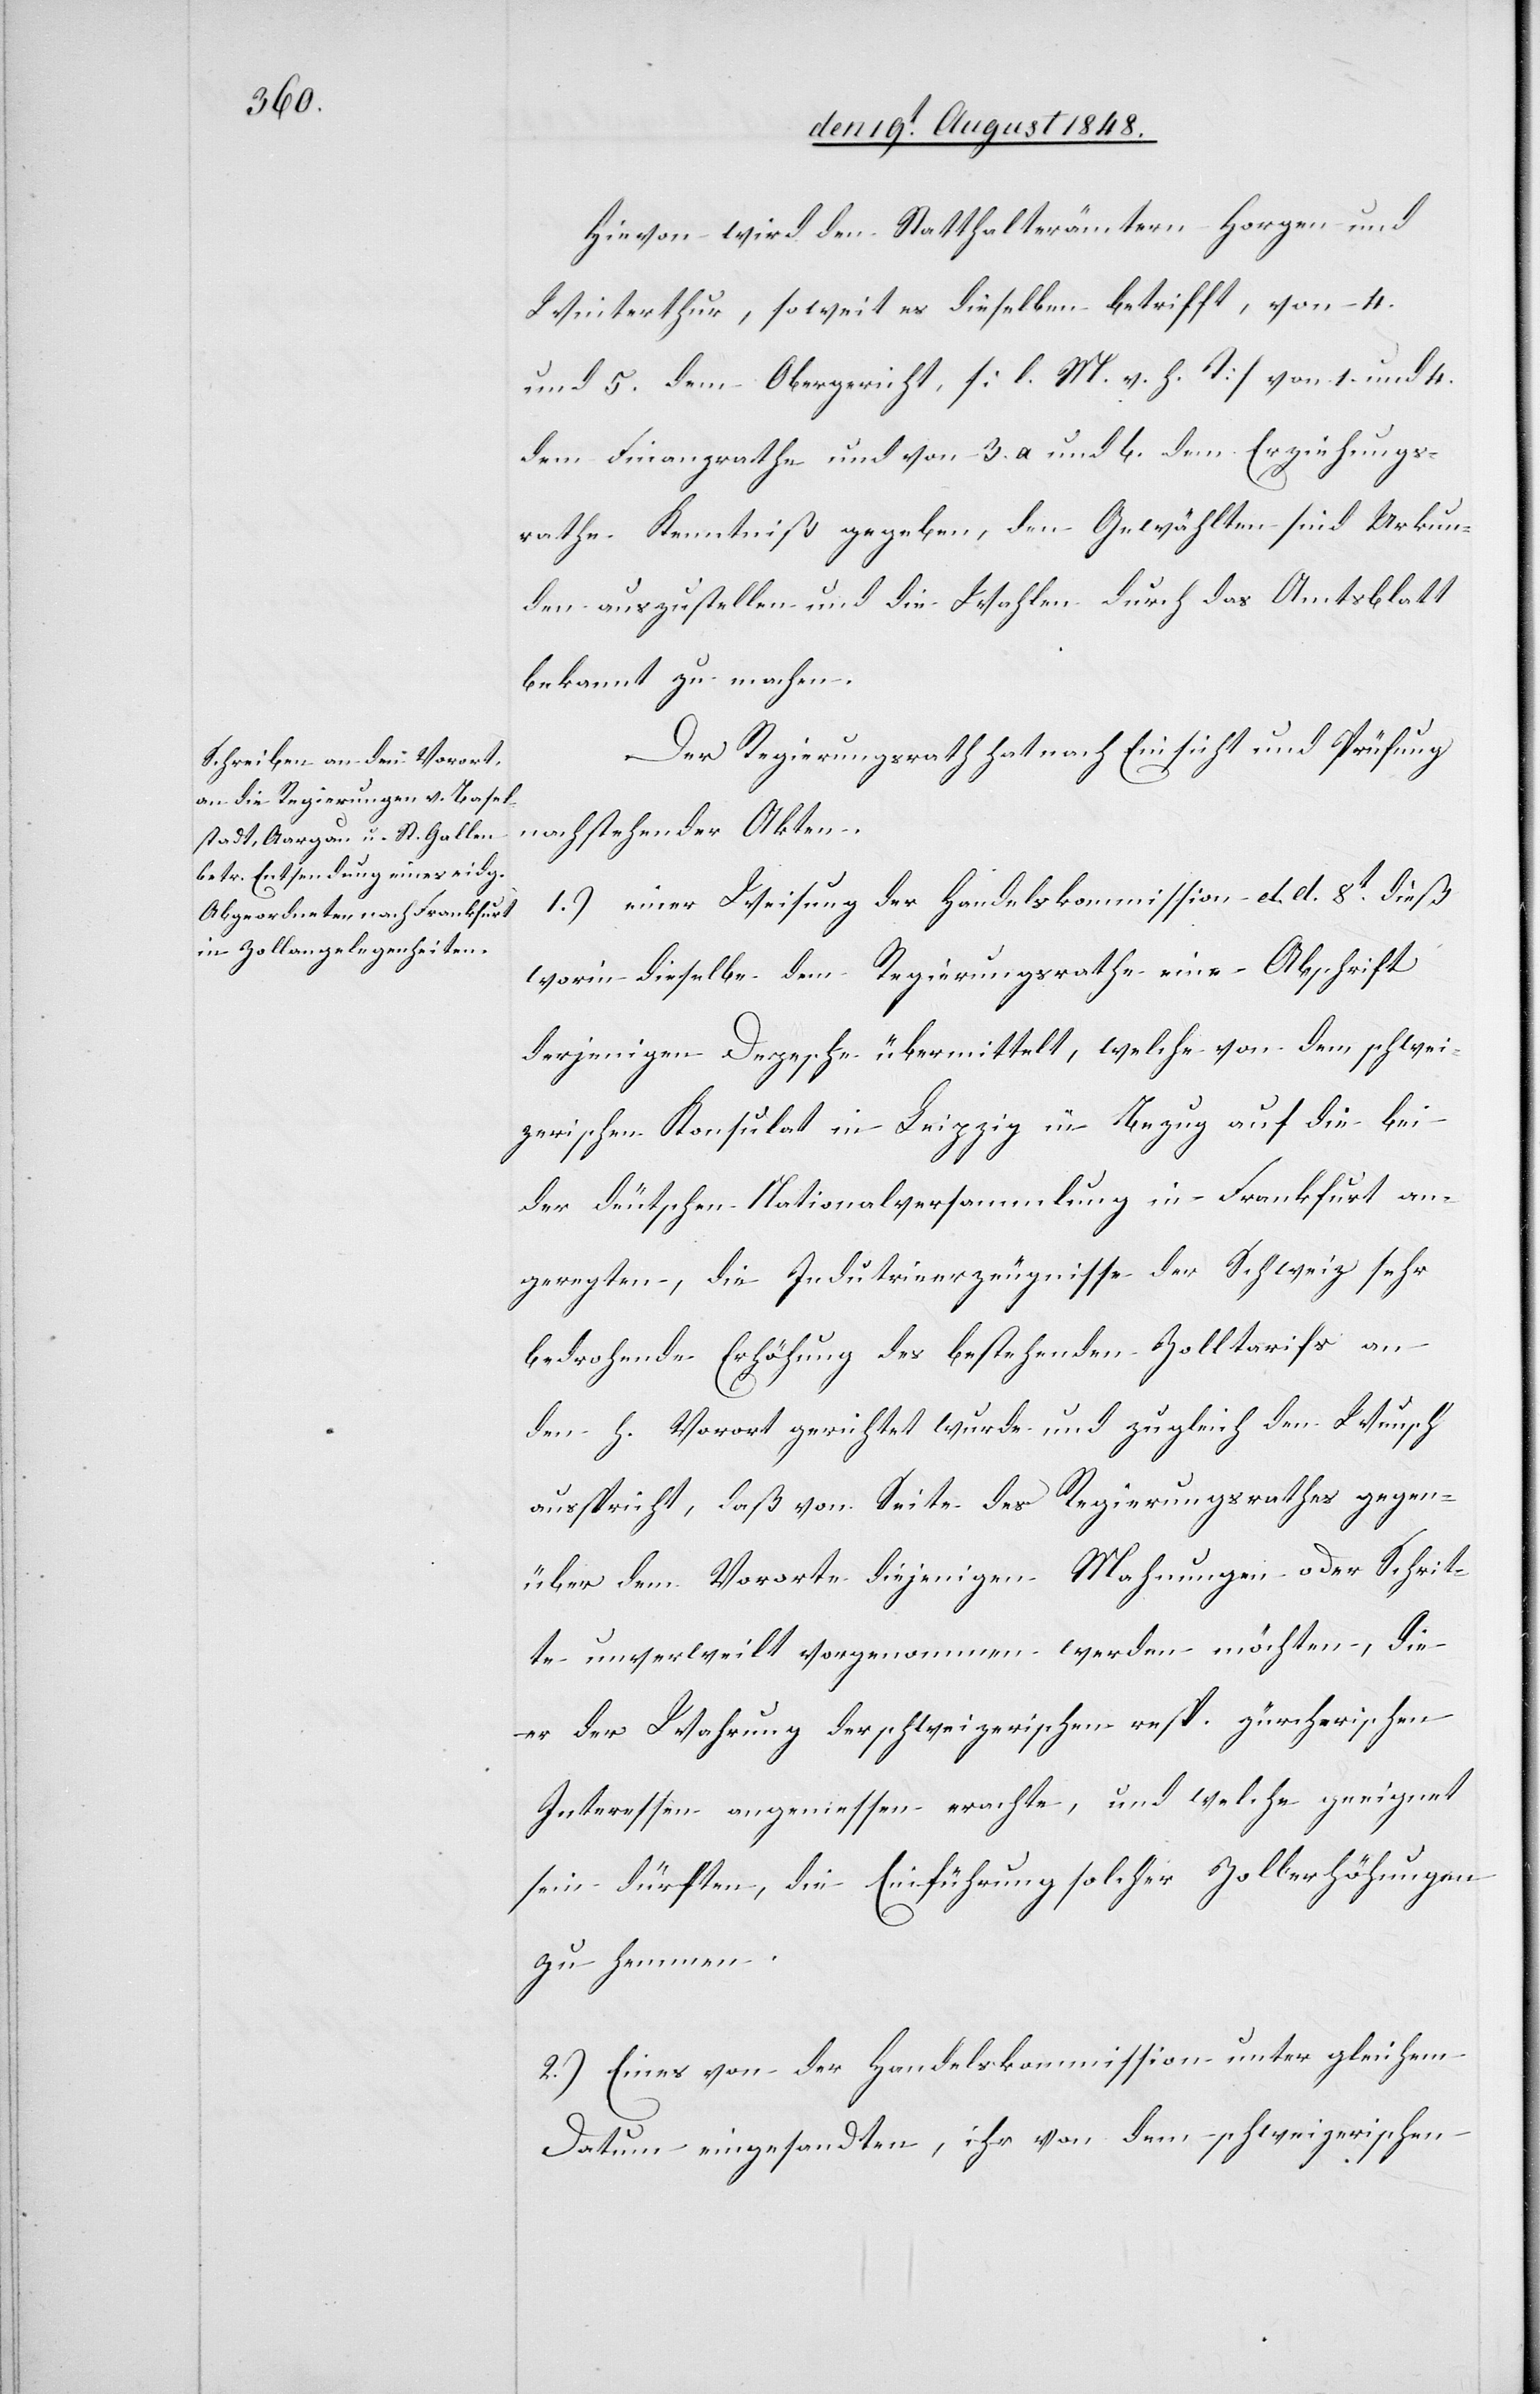
Hievon wird den Statthalterämtern Horgen und
Winterthur, soweit es dieselben betrifft, von 4.
und 5. dem Obergericht, [l. M. v. h. T] von 1. und 4.
dem Finanzrathe und von 3. a. und b. dem Erziehungs¬
rathe Kenntniß gegeben, den Gewählten sind Urkun¬
den auszustellen und die Wahlen durch das Amtsblatt
bekannt zu machen.
Der Regierungsrath hat nach Einsicht und Prüfung
nachstehender Akten.
1.) einer Weisung der Handelskommission d. d. 8t dieß
worin dieselbe dem Regierungsrathe eine Abschrift
derjenigen Depesche übermittelt, welche von dem schwei¬
zerischen Konsulat in Leipzig in Bezug auf die bei
der deutschen Nationalversammlung in Frankfurt an¬
geregten, die Indu[s]trieerzeugnisse der Schweiz sehr
bedrohende Erhöhung des bestehenden Zolltarifs an
den h. Vorort gerichtet wurde und zugleich den Wunsch
ausspricht, daß von Seite des Regierungsrathes gegen¬
über dem Vororte diejenigen Mahnungen oder Schrit¬
te unverweilt vorgenommen werden möchten, die
er der Wahrung der schweizerischen resp. zürcherischen
Interessen angemessen erachte, und welche geeignet
sein dürften, die Einführung solcher Zollerhöhungen
zu hemmen.
2.) Eines von der Handelskommission unter gleichem
Datum eingesandten, ihr von dem schweizerischen